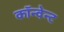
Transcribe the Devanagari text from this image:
कॉन्वेन्ट